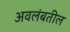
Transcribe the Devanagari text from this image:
अवलंबतील